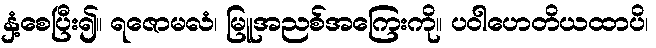
နှံ့စေပြီး၍။ ရဇောမလံ၊ မြူအညစ်အကြေးကို။ ပဝါဟေတိယထာပိ၊